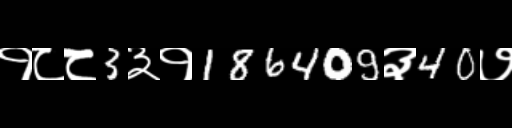
Text: १८८3३१186409३40७